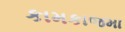
કામકાજમા